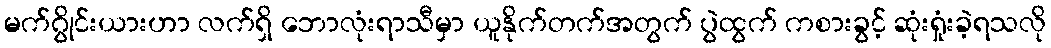
မက်ဂွိုင်းယားဟာ လက်ရှိ ဘောလုံးရာသီမှာ ယူနိုက်တက်အတွက် ပွဲထွက် ကစားခွင့် ဆုံးရှုံးခဲ့ရသလို